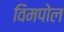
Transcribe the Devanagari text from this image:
विमपोल